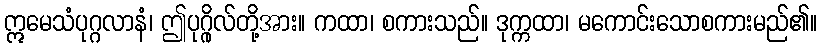
ဣမေသံပုဂ္ဂလာနံ၊ ဤပုဂ္ဂိုလ်တို့အား။ ကထာ၊ စကားသည်။ ဒုက္ကထာ၊ မကောင်းသောစကားမည်၏။